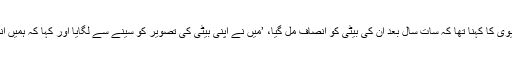
51 سالہ آشا دیوی کا کہنا تھا کہ سات سال بعد ان کی بیٹی کو انصاف مل گیا، ’میں نے اپنی بیٹی کی تصویر کو سینے سے لگایا اور کہا کہ ہمیں انصاف مل گیا‘۔